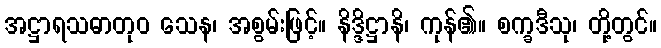
အဋ္ဌာရသဓာတုဝ သေန၊ အစွမ်းဖြင့်။ နိဒ္ဒိဋ္ဌာနိ၊ ကုန်၏။ စက္ခဒီသု၊ တို့တွင်။